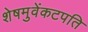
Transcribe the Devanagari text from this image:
शेषमुवेंकटपति